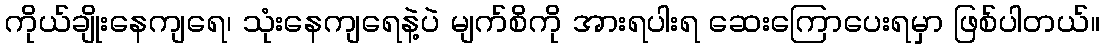
ကိုယ်ချိုးနေကျရေ၊ သုံးနေကျရေနဲ့ပဲ မျက်စိကို အားရပါးရ ဆေးကြောပေးရမှာ ဖြစ်ပါတယ်။